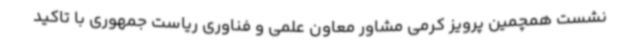
نشست همچمین پرویز کرمی مشاور معاون علمی و فناوری ریاست جمهوری با تاکید